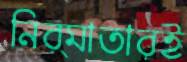
নির্মাতারই